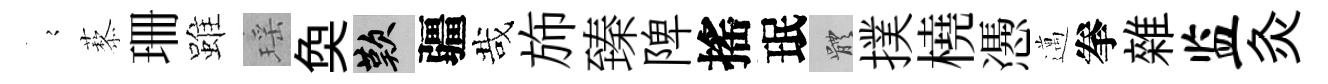
𡪹藜珊雖瑶奐嘆疆哉斾臻陴搖珉體撲橈慿邁拳雜监灸